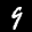
Label: 9